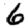
Digit: 6